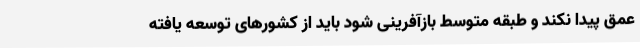
عمق پیدا نکند و طبقه متوسط بازآفرینی شود باید از کشورهای توسعه یافته